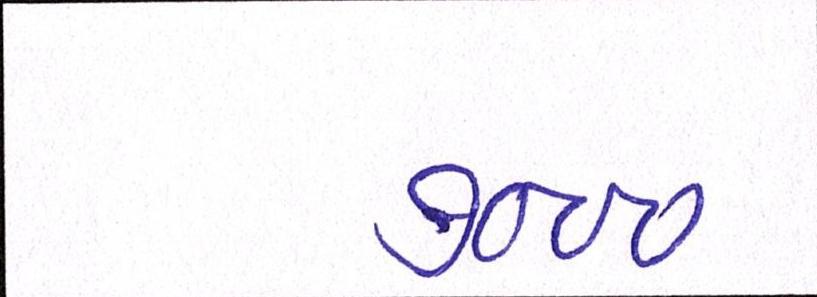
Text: ૭૦૦૦